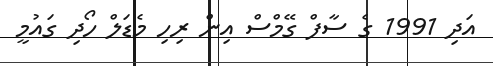
އަދި 1991 ގެ ސާފް ގޭމްސް އިން ރިހި މެޑަލް ހޯދި ގައުމީ